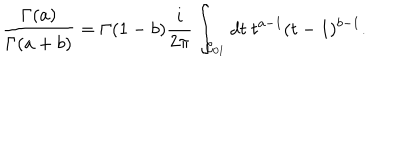
\frac { \Gamma ( a ) } { \Gamma ( a + b ) } = \Gamma ( 1 - b ) \frac { i } { 2 \pi } \int _ { { \cal C } _ { 0 1 } } d t \ t ^ { a - 1 } ( t - 1 ) ^ { b - 1 } .